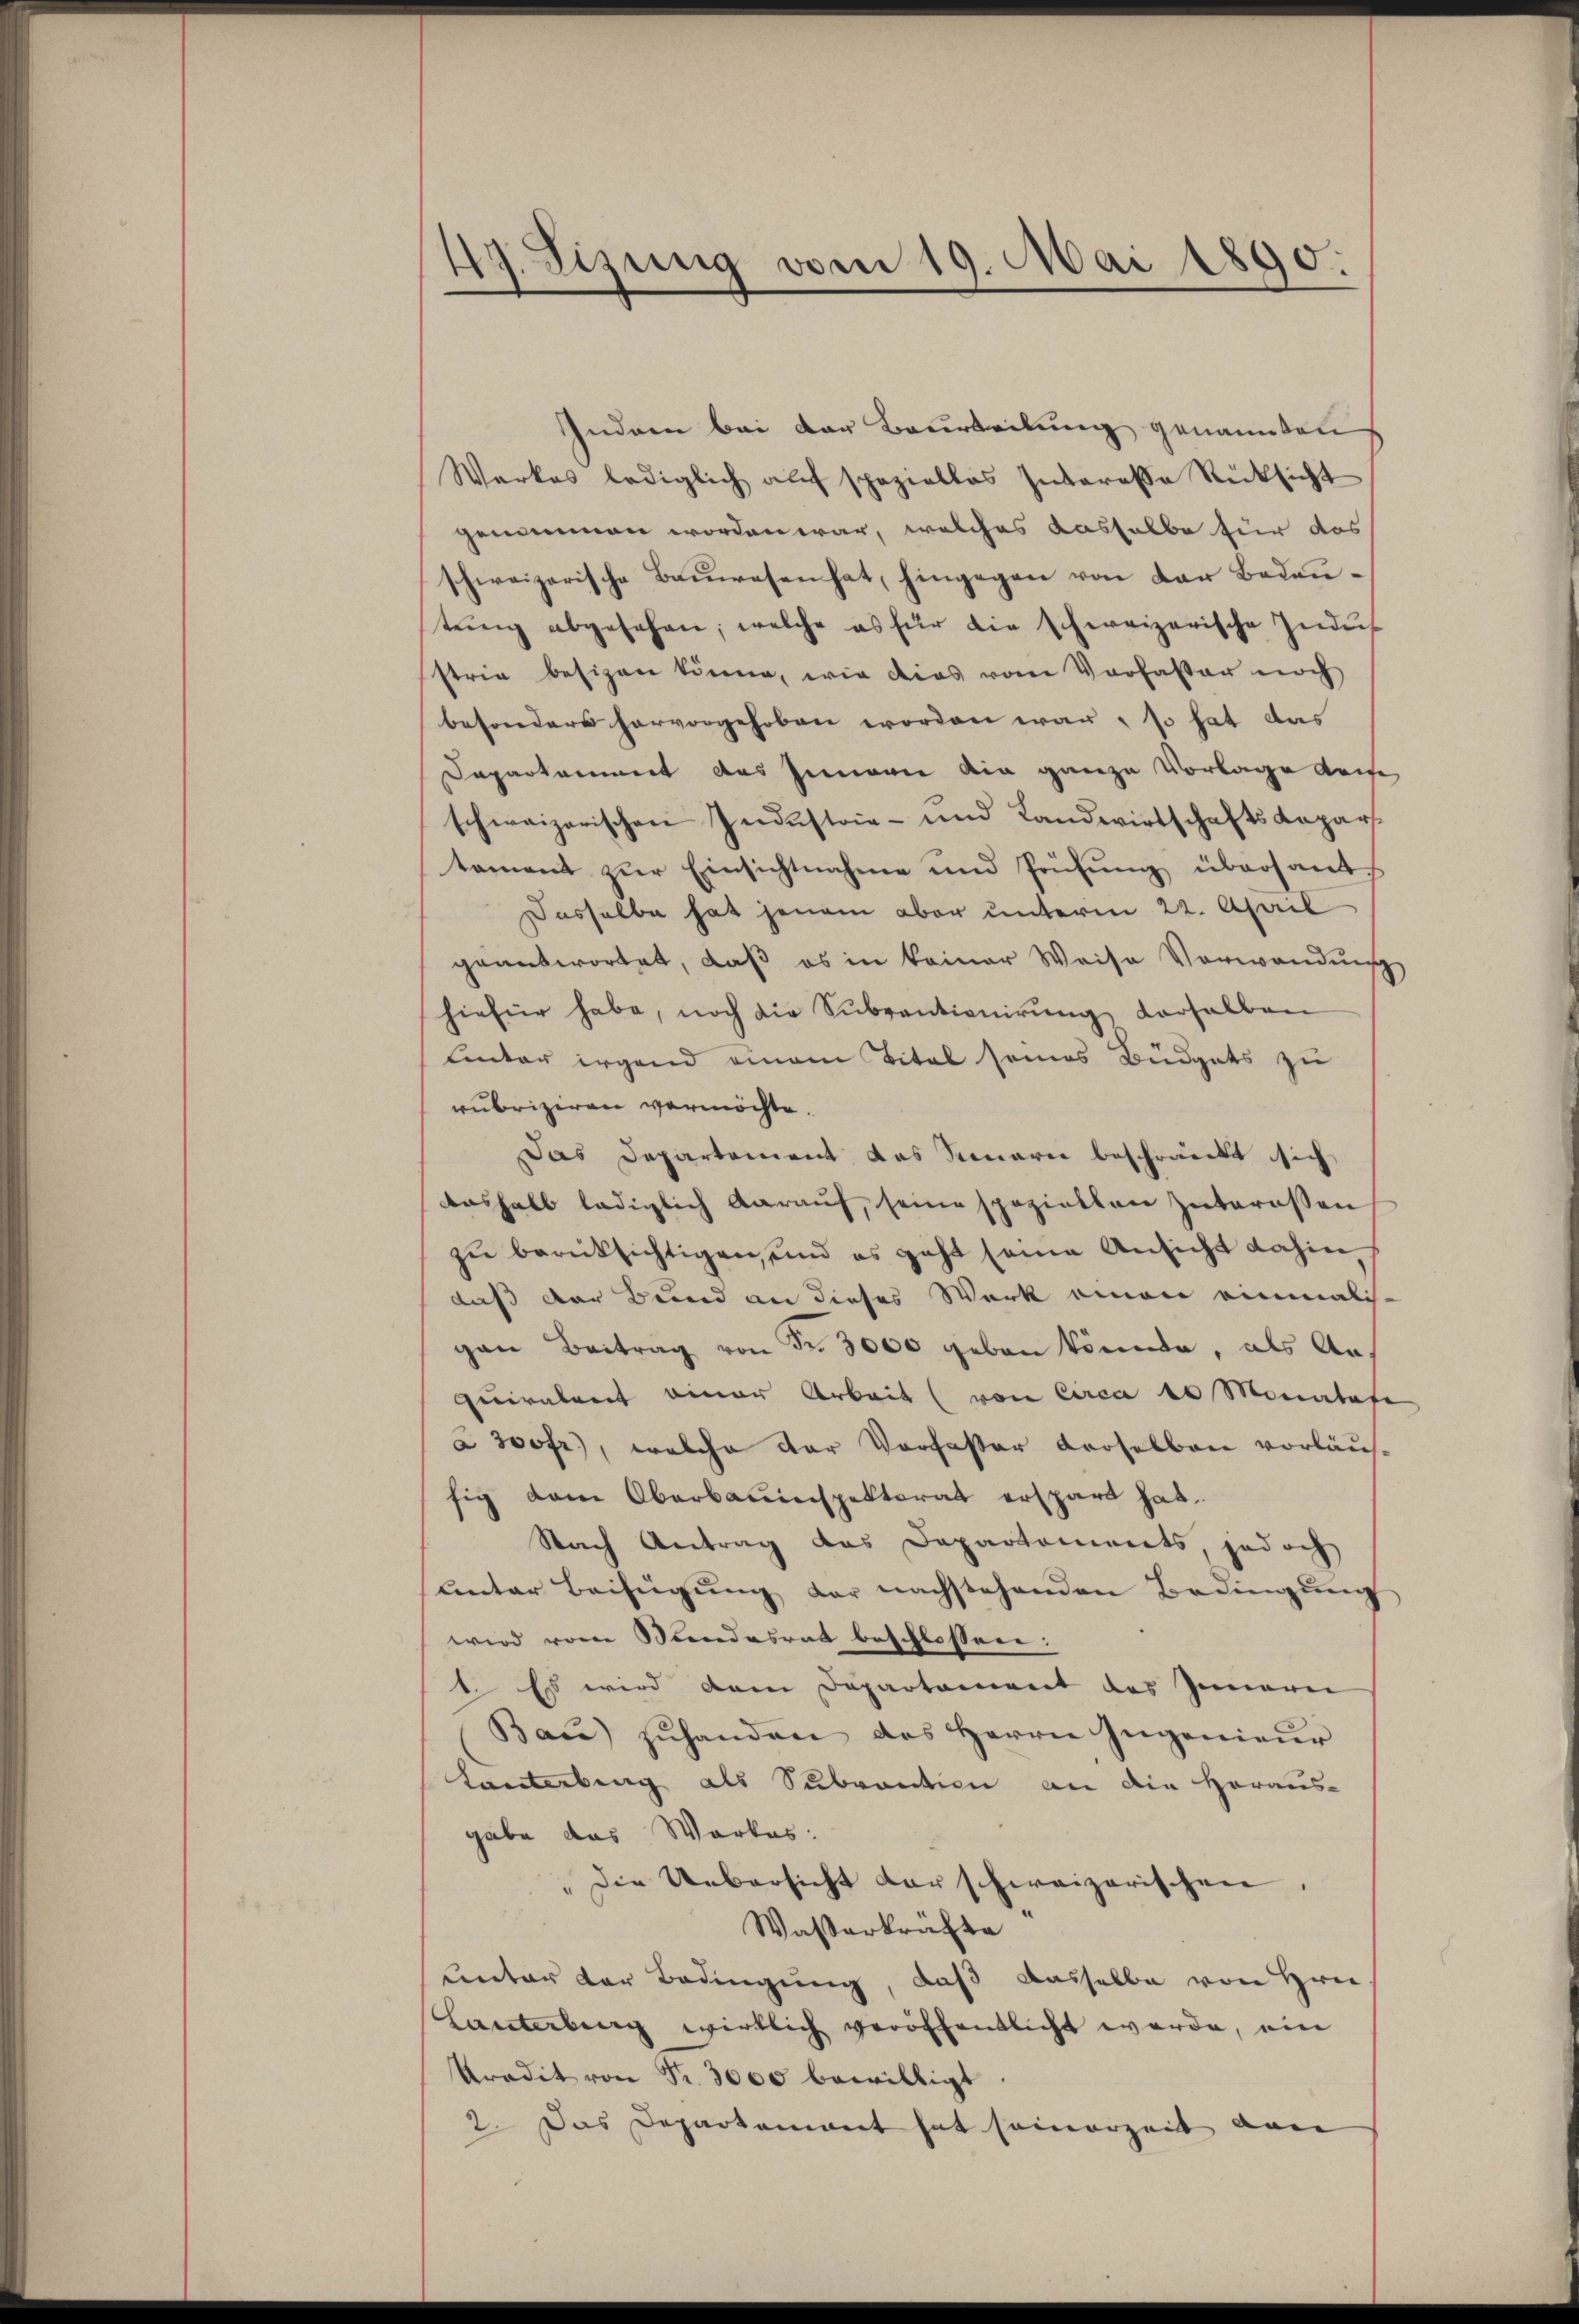
49. Sizung vom 19. Mai 1890.

Indren bei der Beurteilung genannten
Werkes lediglich auf spezialtas Interasse Rücksicht
genommen worden war, welches dasselbe für das
schweizerische Bauwesen hat, hingegen von der Bedeutŭng abgesehen, welche es für die schereizerische Indus
stria besizen könne, wie dies vom Verfasser noch
besonders hervorgehoben worden war, so hat das
Daparkamment das Gemarie die ganze Vorlage gehe
schweizerischen Industrie- und Landwirtschaftsdepartament zur Einsichtnahme und Prüfung übersamt
Dasselbe hat jenem aber unterm 22. April
geantwortet, daß es in keiner Weise Vorwandnis
hiefür habe, noch die Subventionirung verhalben
linter irgend einem Titel seines Büdgets zu
rubriziren vermöchte.
Das Departement das Seenarii beschränckt sich
Aushalb lediglich darauf, seine speziellen Interessen
zu berücksichtigen, und es geht seine Ansicht dahin
daß der Bund an dieses Werk einen einmalis-
gan Beitrag von Fr. 3000 geben könnte, als Aus
quivalent einer Arbeit (von Circa 10 Monatafe
à 300fr., welche der Verfasser Droselben vorläusfig dem Oberbauinspektorat erspart hat.
Nach Antrag das Departements jedoch
unter Beifügŭng der nachstehenden Bedingŭng
wird von Mendesrat beschlossen:
t. Es wird dem Departement des Innern
Bau) zuhanden das Herrn Ingenieur
Lanterbung als Subvention an die Heraus-
gabe das Wartes:
"Die Uebersicht der schweizerischen.
Wasserkräfte
ueter der Bedingung, daß dasselbe von Hrn.
Lanterbung wirklich veröffentlicht werde, ein
Kradit von Fr. 3000 bewilligt
2. Das Departement hat seinerzeit dan